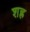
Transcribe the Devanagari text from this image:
शह्र